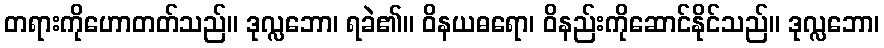
တရားကိုဟောတတ်သည်။ ဒုလ္လဘော၊ ရခဲ၏။ ဝိနယဓရော၊ ဝိနည်းကိုဆောင်နိုင်သည်။ ဒုလ္လဘော၊